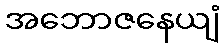
အဘောဇနေယျံ